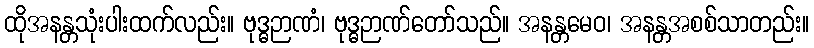
ထိုအနန္တသုံးပါးထက်လည်း။ ဗုဒ္ဓဉာဏံ၊ ဗုဒ္ဓဉာဏ်တော်သည်။ အနန္တမေဝ၊ အနန္တအစစ်သာတည်း။